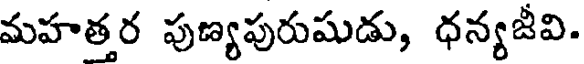
మహత్తర పుణ్యపురుషుడు, ధన్యజీవి.